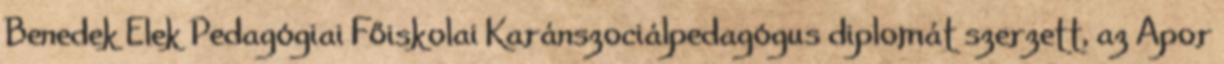
Benedek Elek Pedagógiai Főiskolai Karánszociálpedagógus diplomát szerzett, az Apor